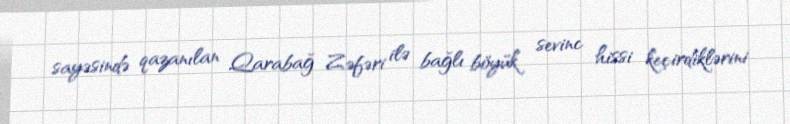
sayəsində qazanılan Qarabağ Zəfəri ilə bağlı böyük sevinc hissi keçirdiklərini